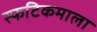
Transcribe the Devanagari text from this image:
स्फटिकमाला